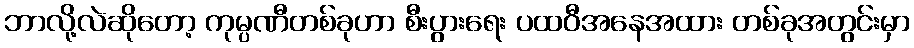
ဘာလို့လဲဆိုတော့ ကုမ္ပဏီတစ်ခုဟာ စီးပွားရေး ပထဝီအနေအထား တစ်ခုအတွင်းမှာ